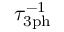
\tau _ { \mathrm { { 3 p h } } } ^ { - 1 }